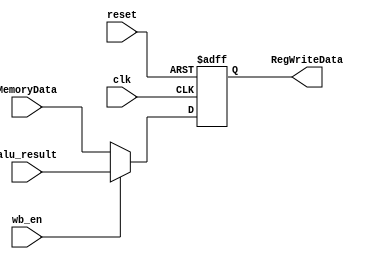
`timescale 1ns / 1ps
//////////////////////////////////////////////////////////////////////////////////
// Company: 
// Engineer: 
// 
// Design Name: 
// Module Name: write_back
// Project Name: 
// Target Devices: 
// Tool Versions: 
// Description: 
// 
// Dependencies: 
// 
// Revision:
// Revision 0.01 - File Created
// Additional Comments:
// 
//////////////////////////////////////////////////////////////////////////////////


module write_back(

      input [31:0]alu_result,
      input [31:0]MemoryData,
      input wb_en,
      input clk,
      input reset,
      output reg [31:0] RegWriteData
    );
    
      always @(posedge clk or negedge reset) 
      begin
        if (~reset) 
              RegWriteData <= 32'h0;
        else 
        begin
            if (wb_en)        
               RegWriteData <= alu_result;
            else 
               RegWriteData <= MemoryData;
          end
        end
endmodule